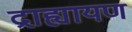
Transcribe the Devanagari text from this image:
द्राह्यायण